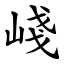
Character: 㟞